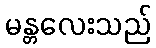
မန္တလေးသည်